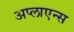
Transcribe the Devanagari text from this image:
अप्लाएन्स